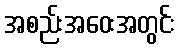
အစည်းအဝေးအတွင်း